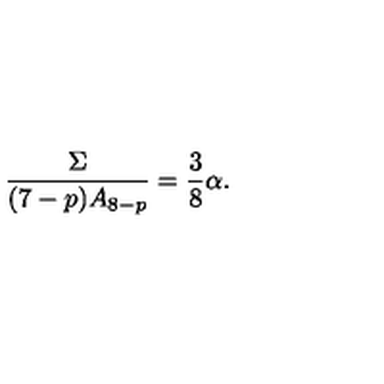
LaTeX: \frac { \Sigma } { ( 7 - p ) A _ { 8 - p } } = \frac { 3 } { 8 } \alpha .